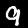
Label: 9